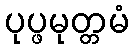
ပုပ္ဖမုတ္တမံ